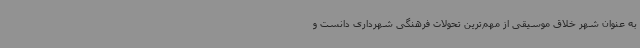
به عنوان شهر خلاق موسیقی از مهم‌ترین تحولات فرهنگی شهرداری دانست و